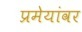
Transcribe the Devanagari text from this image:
प्रमेयांवर